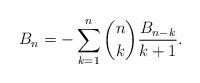
LaTeX: \begin{align*}B_{n}=-\sum_{k=1}^{n}\binom{n}{k}\frac{B_{n-k}}{k+1}.\end{align*}